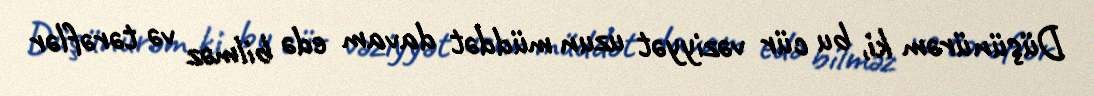
Düşünürəm ki, bu cür vəziyyət uzun müddət davam edə bilməz və tərəflər